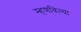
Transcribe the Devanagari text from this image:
म्हणविल्या